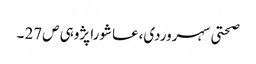
صحتی سہروردی،عاشورا پژوہی ص27 ۔